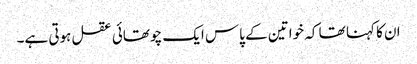
ان کا کہنا تھا کہ خواتین کے پاس ایک چوتھائی عقل ہوتی ہے۔